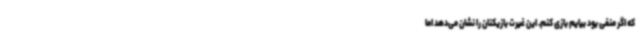
که اگر منفی بود بیایم بازی کنم. این غیرت بازیکنان را نشان می‌دهد اما